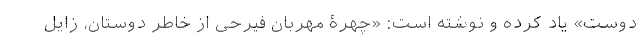
دوست» یاد کرده و نوشته است: «چهرۀ مهربان فیرحی از خاطر دوستان، زایل